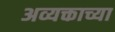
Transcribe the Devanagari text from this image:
अव्यक्ताच्या